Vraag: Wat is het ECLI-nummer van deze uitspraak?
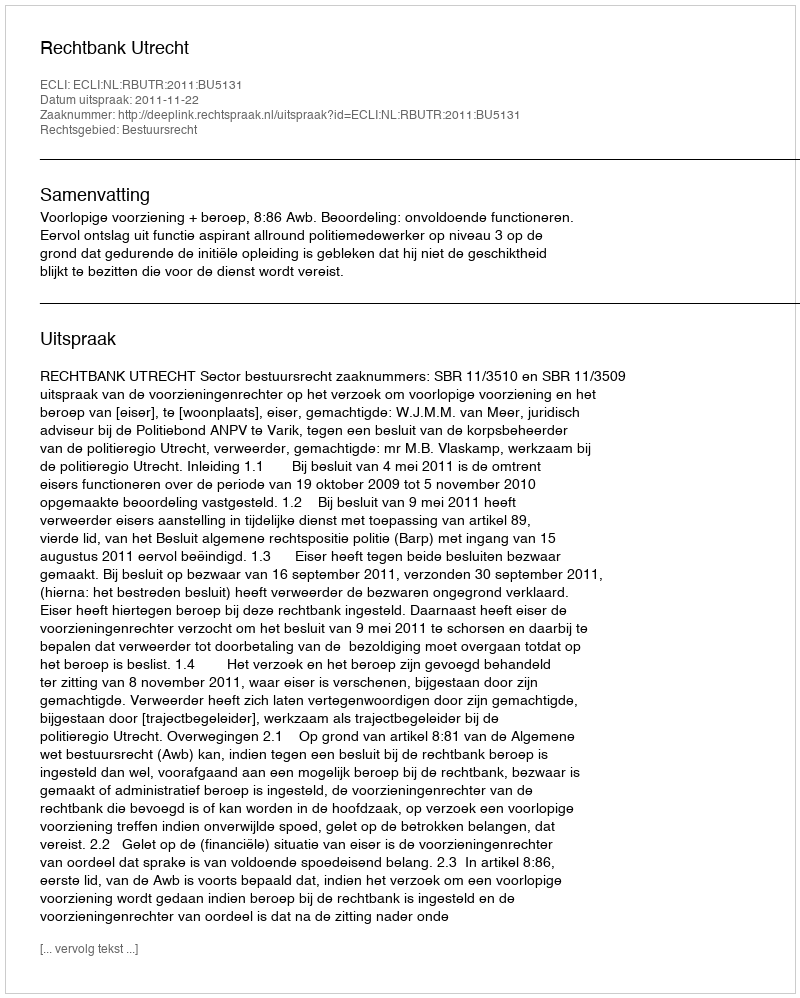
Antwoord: ECLI:NL:RBUTR:2011:BU5131